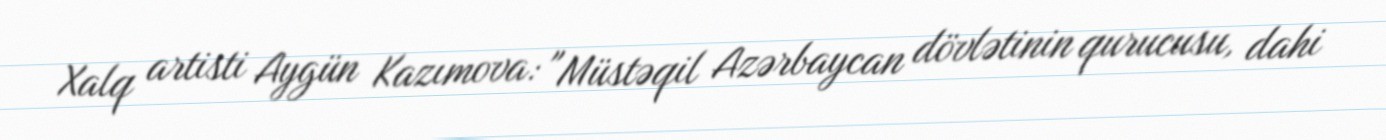
Xalq artisti Aygün Kazımova: "Müstəqil Azərbaycan dövlətinin qurucusu, dahi